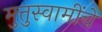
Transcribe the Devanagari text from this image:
मुत्तुस्वामींचे